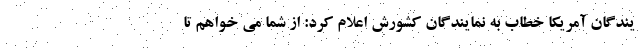
یندگان آمریکا خطاب به نمایندگان کشورش اعلام کرد: از شما می خواهم تا